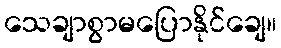
သေချာစွာမပြောနိုင်ချေ။